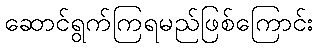
ဆောင်ရွက်ကြရမည်ဖြစ်ကြောင်း